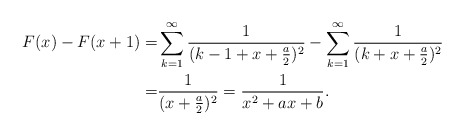
\begin{align*}F(x)-F(x+1)=&\sum_{k=1}^{\infty}\frac{1}{(k-1+x+\frac{a}{2})^2}-\sum_{k=1}^{\infty}\frac{1}{(k+x+\frac{a}{2})^2}\\=&\frac{1}{(x+\frac a2)^2}=\frac{1}{x^2+a x+b}.\end{align*}